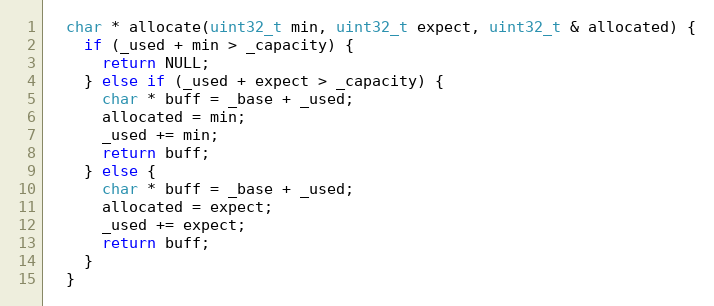
Language: C
  char * allocate(uint32_t min, uint32_t expect, uint32_t & allocated) {
    if (_used + min > _capacity) {
      return NULL;
    } else if (_used + expect > _capacity) {
      char * buff = _base + _used;
      allocated = min;
      _used += min;
      return buff;
    } else {
      char * buff = _base + _used;
      allocated = expect;
      _used += expect;
      return buff;
    }
  }